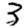
Digit: 3